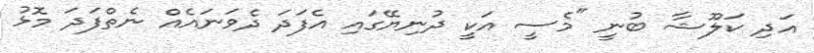
އަދި ކަލޫޝާ ބުނީ "މެސީ އަކީ ދުނިޔޭގައި އެފަދަ ދެވަނައެއް ނެތްފަދަ މޮޅު